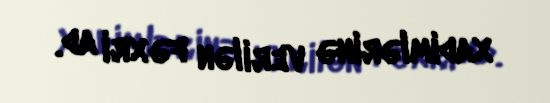
xadimlərinə verilən fəxri ad.